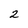
Character: 2